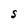
Character: S